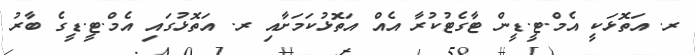
ރ. އަތޮޅަކީ އެމް.ޓީ.ޑީން ޓާގެޓުކުރާ އެއް އަތޮޅުކަމަށާއި ރ. އަތޮޅުގައި އެމް.ޓީ.ޑީގެ ބާރު